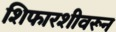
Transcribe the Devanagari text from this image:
शिफारशीवरून